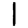
Digit: 1